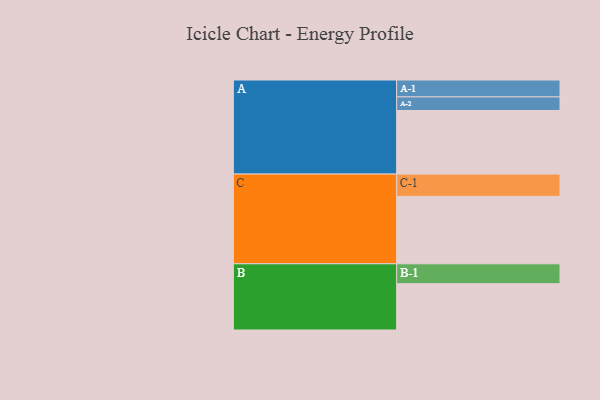
{"axis": {"x": "Segment", "y": "Value"}, "legend": ["", "A", "B", "C"], "data": [{"x": "A", "y": 463, "type": ""}, {"x": "B", "y": 337, "type": ""}, {"x": "C", "y": 491, "type": ""}, {"x": "A-1", "y": 123, "type": "A"}, {"x": "A-2", "y": 99, "type": "A"}, {"x": "B-1", "y": 145, "type": "B"}, {"x": "C-1", "y": 162, "type": "C"}]}